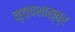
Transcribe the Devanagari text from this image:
नृत्‍यशास्‍त्र